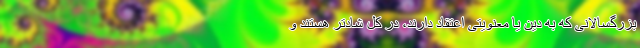
بزرگسالانی که به دین یا معنویتی اعتقاد دارند، در کل شادتر هستند و